Lunatic asylums Central Provinces reports 1910-1926 - 1910-1926
Year: 1910
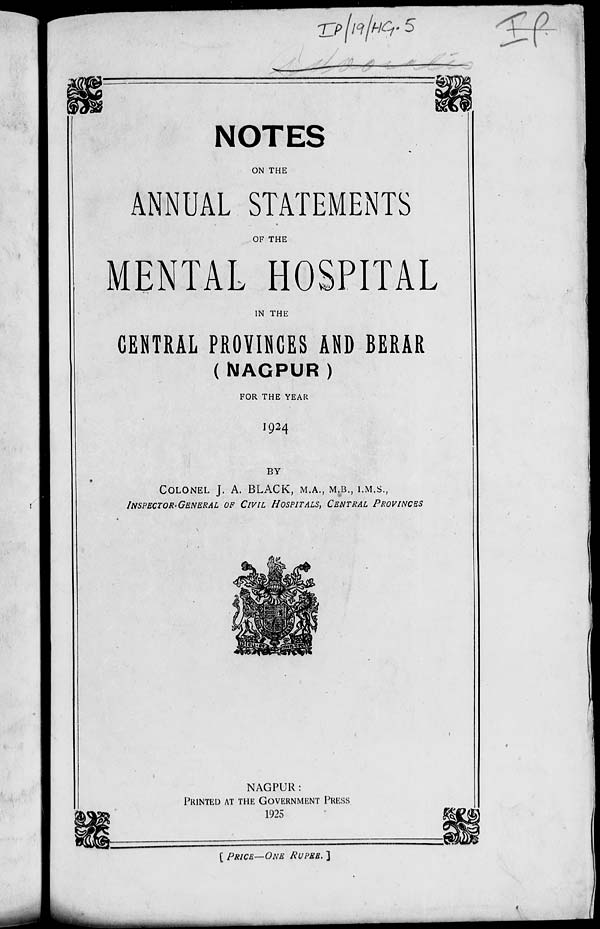
NOTES
ON THE
ANNUAL STATEMENTS
OF THE
MENTAL HOSPITAL
IN THE
CENTRAL PROVINCES AND BERAR
(NAGPUR)
FOR THE YEAR
1924
BY
COLONEL J. A. BLACK, M.A., M.B., I.M.S.,
INSPECTOR-GENERAL OF CIVIL HOSPITALS, CENTRAL PROVINCES
NAGPUR :
PRINTED AT THE GOVERNMENT PRESS
1925
[ PRICE—ONE RUPEE. ]